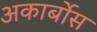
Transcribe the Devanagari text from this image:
अकार्बोस